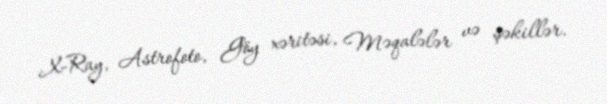
X-Ray, Astrofoto, Göy xəritəsi, Məqalələr və şəkillər.